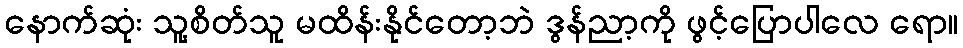
နောက်ဆုံး သူ့စိတ်သူ မထိန်းနိုင်တော့ဘဲ ဒွန်ညာ့ကို ဖွင့်ပြောပါလေ ရော။